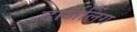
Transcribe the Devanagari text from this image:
दार्जलिंग